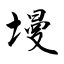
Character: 墁